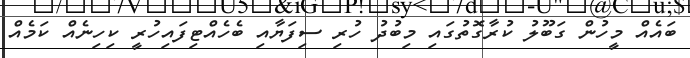
ބައެއް މީހުން ގަބޫލު ކުރާގޮތުގައި މިބުދު ހުރި ސިފަޔާއި ބެހެއްޓިފައިހުރީ ކިހިނެއް ކަމެއް